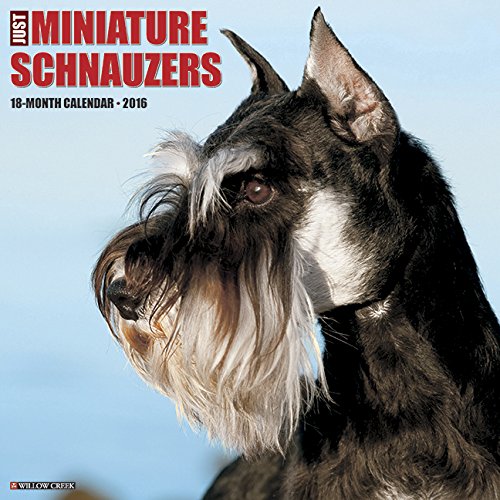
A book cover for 2016 Just Miniature Schnauzers Wall Calendar; Willow Creek Press; Calendars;